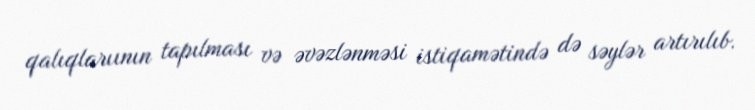
qalıqlarıının tapılması və əvəzlənməsi istiqamətində də səylər artırılıb.